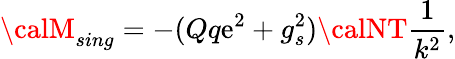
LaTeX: {\calM}_{sing}=-(Qq\mathrm{e}^{2}+g_{s}^{2}){\calNT}\frac{{1}}{{k^{2}}},